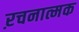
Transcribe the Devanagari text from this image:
ऱचनात्मक